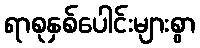
ရာစုနှစ်ပေါင်းများစွာ